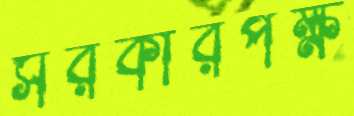
সরকারপক্ষ